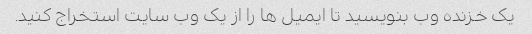
یک خزنده وب بنویسید تا ایمیل ها را از یک وب سایت استخراج کنید.